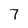
Character: 7